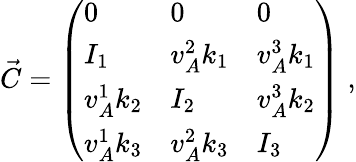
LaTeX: \vec{C}=\left(\begin{array}{lll}{0}&{0}&{0}\\ {I_{1}}&{v_{A}^{2}k_{1}}&{v_{A}^{3}k_{1}}\\ {v_{A}^{1}k_{2}}&{I_{2}}&{v_{A}^{3}k_{2}}\\ {v_{A}^{1}k_{3}}&{v_{A}^{2}k_{3}}&{I_{3}}\end{array}\right)\; ,